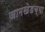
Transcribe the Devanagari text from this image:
जामखेडच्या